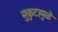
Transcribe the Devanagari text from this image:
मुकुटामुळे